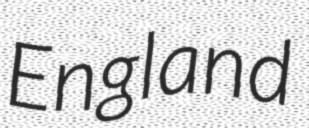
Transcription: England